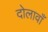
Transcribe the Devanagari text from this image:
दोलावाँ